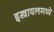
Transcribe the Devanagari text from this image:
इस्त्रायलमध्ये